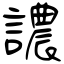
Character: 譨